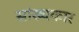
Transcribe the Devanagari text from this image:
सांख्यकार